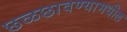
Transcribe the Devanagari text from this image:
छळछावण्यामधील